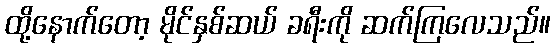
ထို့နောက်တော့ မိုင်နှစ်ဆယ် ခရီးကို ဆက်ကြလေသည်။